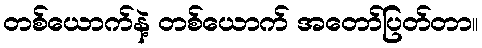
တစ်ယောက်နဲ့ တစ်ယောက် အတော်ပြတ်တာ။